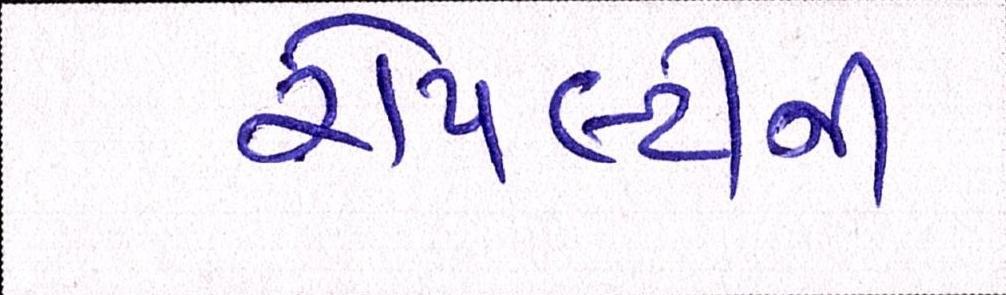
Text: રોયલ્ટીની